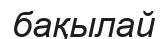
бақылай